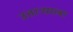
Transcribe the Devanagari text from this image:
उताऱ्याला